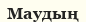
Маудың